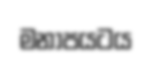
මනාපයටය